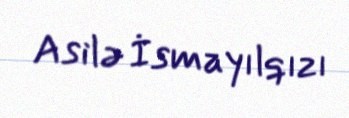
Asilə İsmayılqızı